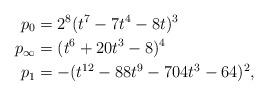
LaTeX: \begin{align*} p_0 & = 2^8 (t^7 - 7 t^4 - 8 t)^3 \\ p_{\infty} & = (t^6 + 20 t^3 - 8)^4 \\ p_1 & = - (t^{12} - 88 t^9 - 704 t^3 - 64)^2 , \end{align*}